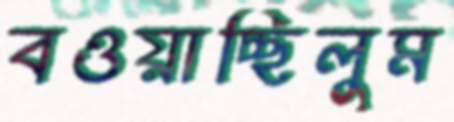
বওয়াচ্ছিলুম